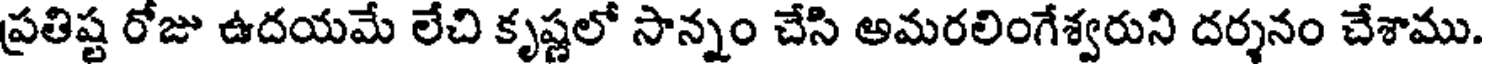
ప్రతిష్ట రోజు ఉదయమే లేచి కృష్ణలో సాన్నం చేసి అమరలింగేశ్వరుని దర్శనం చేశాము.